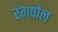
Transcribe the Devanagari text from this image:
रंगपोल